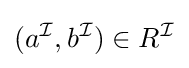
(a^{\mathcal {I}},b^{\mathcal {I}})\in R^{\mathcal {I}}